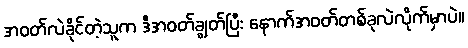
အဝတ်လဲခိုင်တဲ့သူက ဒီအဝတ်ချွတ်ပြီး နောက်အဝတ်တစ်ခုလဲလိုက်မှာပဲ။